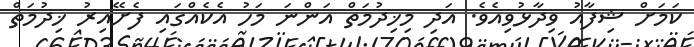
ކަމަށް ޝިފާއު ވިދާޅުވިއެވެ. އަދި މިޚިދުމަތް އަންނަ މަހު އެކެއްގައި ފެށޭއިރު ޚިދުމަތް